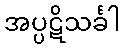
အပ္ပဋိသင်္ခါ